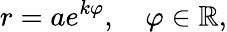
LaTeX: r=ae^{k\varphi},\quad\varphi\in\mathbb{R},